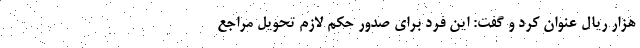
هزار ریال عنوان کرد و گفت: این فرد برای صدور حکم لازم تحویل مراجع